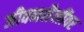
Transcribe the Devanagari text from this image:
जीवनशैलींवर